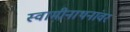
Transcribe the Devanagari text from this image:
स्वामीनाथनांवर